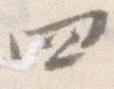
四